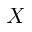
\boldsymbol { X }